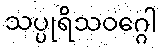
သပ္ပုရိသဝဂ္ဂေါ